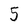
Character: 5